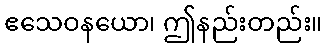
ဧသေဝနယော၊ ဤနည်းတည်း။